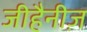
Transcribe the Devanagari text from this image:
जीहैनीज़